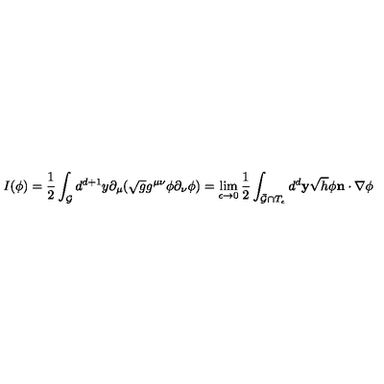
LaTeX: I ( \phi ) = \frac { 1 } { 2 } \int _ { \cal G } d ^ { d + 1 } y \partial _ { \mu } ( \sqrt { g } g ^ { \mu \nu } \phi \partial _ { \nu } \phi ) = \lim _ { \epsilon \rightarrow 0 } \frac { 1 } { 2 } \int _ { \bar { \cal G } \cap T _ { \epsilon } } d ^ { d } { \bf y } \sqrt { h } \phi { \bf n } \cdot \nabla \phi